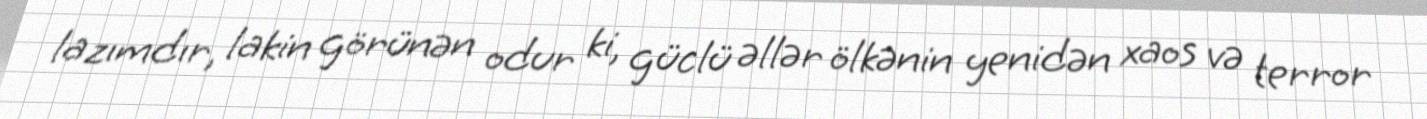
lazımdır, lakin görünən odur ki, güclü əllər ölkənin yenidən xaos və terror